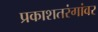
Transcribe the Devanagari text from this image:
प्रकाशतरंगांवर